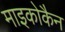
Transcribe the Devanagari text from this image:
माइकोकैन